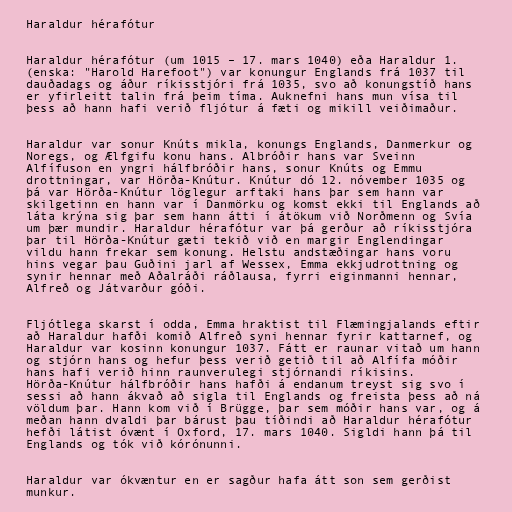
Haraldur hérafótur

Haraldur hérafótur (um 1015 – 17. mars 1040) eða Haraldur 1.
(enska: "Harold Harefoot") var konungur Englands frá 1037 til
dauðadags og áður ríkisstjóri frá 1035, svo að konungstíð hans
er yfirleitt talin frá þeim tíma. Auknefni hans mun vísa til
þess að hann hafi verið fljótur á fæti og mikill veiðimaður.

Haraldur var sonur Knúts mikla, konungs Englands, Danmerkur og
Noregs, og Ælfgifu konu hans. Albróðir hans var Sveinn
Alfífuson en yngri hálfbróðir hans, sonur Knúts og Emmu
drottningar, var Hörða-Knútur. Knútur dó 12. nóvember 1035 og
þá var Hörða-Knútur löglegur arftaki hans þar sem hann var
skilgetinn en hann var í Danmörku og komst ekki til Englands að
láta krýna sig þar sem hann átti í átökum við Norðmenn og Svía
um þær mundir. Haraldur hérafótur var þá gerður að ríkisstjóra
þar til Hörða-Knútur gæti tekið við en margir Englendingar
vildu hann frekar sem konung. Helstu andstæðingar hans voru
hins vegar þau Guðini jarl af Wessex, Emma ekkjudrottning og
synir hennar með Aðalráði ráðlausa, fyrri eiginmanni hennar,
Alfreð og Játvarður góði.

Fljótlega skarst í odda, Emma hraktist til Flæmingjalands eftir
að Haraldur hafði komið Alfreð syni hennar fyrir kattarnef, og
Haraldur var kosinn konungur 1037. Fátt er raunar vitað um hann
og stjórn hans og hefur þess verið getið til að Alfífa móðir
hans hafi verið hinn raunverulegi stjórnandi ríkisins.
Hörða-Knútur hálfbróðir hans hafði á endanum treyst sig svo í
sessi að hann ákvað að sigla til Englands og freista þess að ná
völdum þar. Hann kom við í Brügge, þar sem móðir hans var, og á
meðan hann dvaldi þar bárust þau tíðindi að Haraldur hérafótur
hefði látist óvænt í Oxford, 17. mars 1040. Sigldi hann þá til
Englands og tók við kórónunni.

Haraldur var ókvæntur en er sagður hafa átt son sem gerðist
munkur.